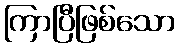
ကြာပြီဖြစ်သော